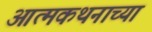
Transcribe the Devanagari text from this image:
आत्मकथनाच्या